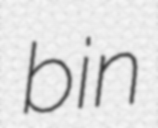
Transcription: bin